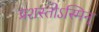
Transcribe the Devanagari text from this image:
प्रशस्तोऽस्मिन्